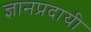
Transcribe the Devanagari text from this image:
ज्ञानप्रदायी